Vabadussoja_Ajaloo_Komitee, lk 13
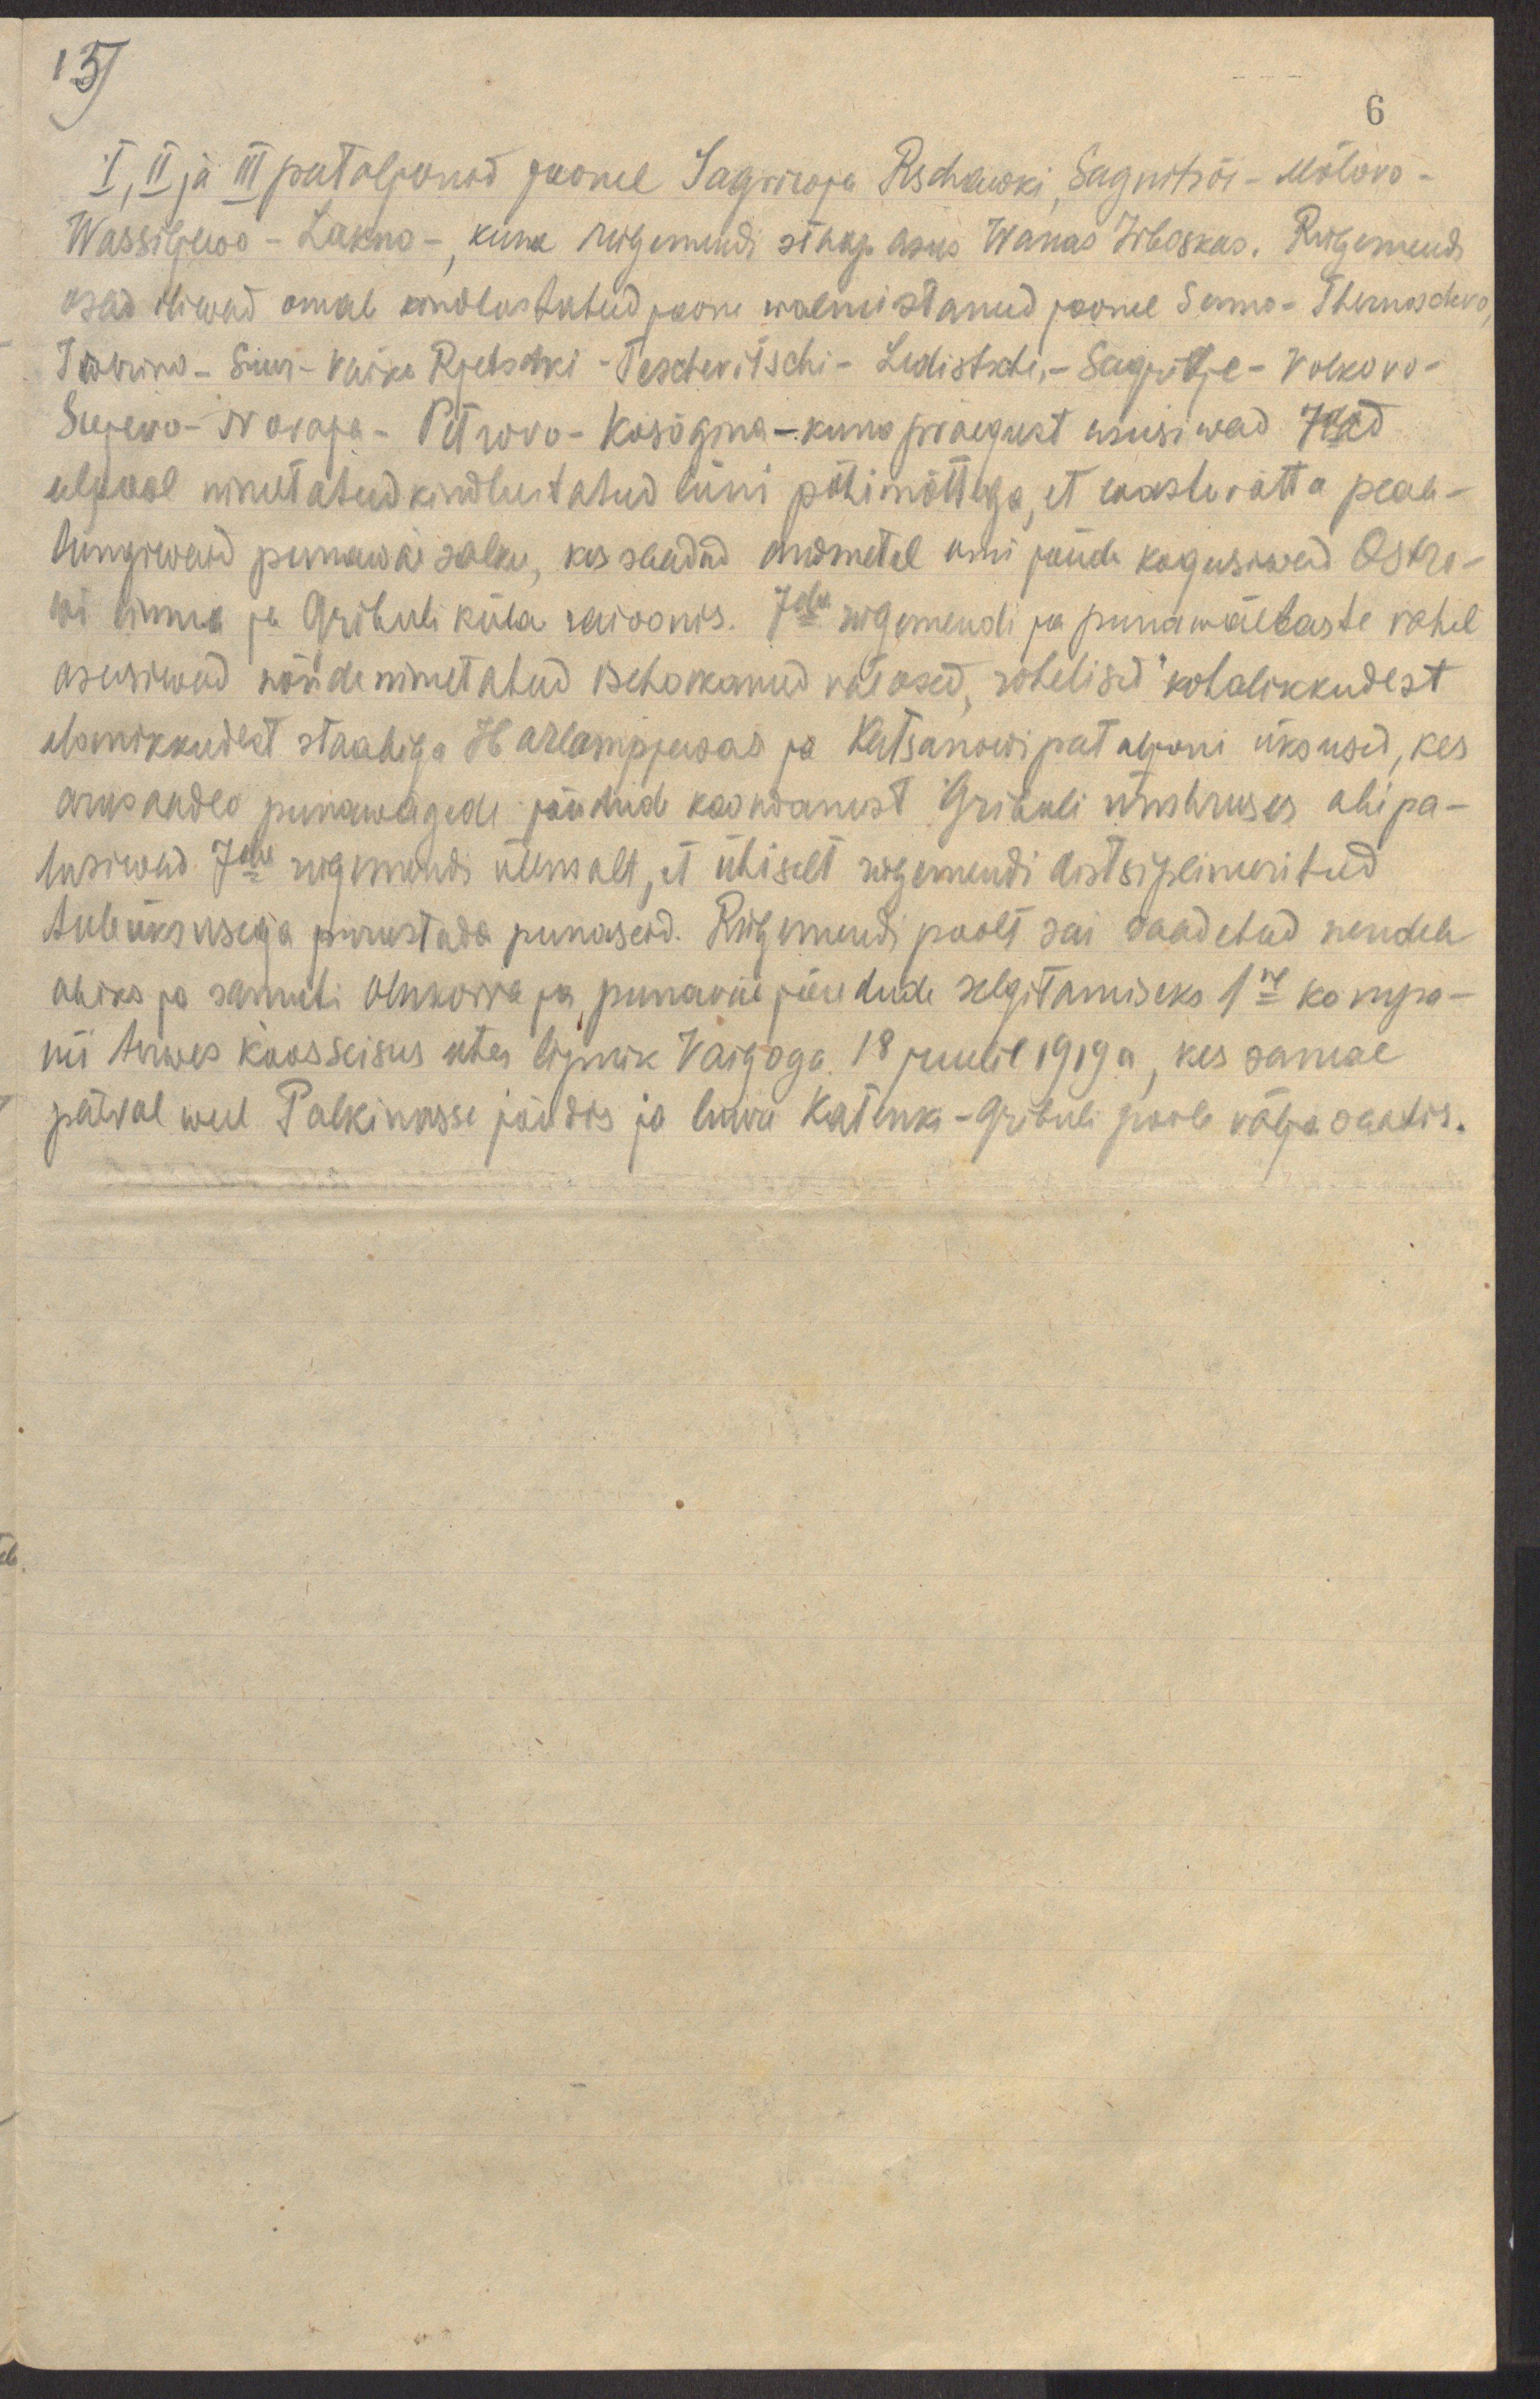
15)

6
I, II ja III pataljonid joonel Sagriwja Rschawki, Sagnitsõi - Mõlovo -
Wassiljewo - Lakno -, kuna rügemendi staap asus Wanas Irboskas. Rügemendi
osad oliwad omale kindlustatud joone walmistanud joonel Senno - Thernoschvo
Tartino - Suur - Väike Rjetschki - Tescheritschi - Ledistsche, - Sagrivje - Volkovo -
Sujevo - Novaja - Petrovo - Kosõgina - kuna praegust asusiwad nad
eelpool nimetatud kindlustatud liini põhimõttega, et wastuvõtta peale-
tungiwaid punawäe salku, kes saadud andmetel omi jõude kogusiwad Ostro-
wi linna ja Gribuli küla raioonis. 7da rügemendi ja punawäelaste vahel
asusiwad nõndanimetatud isehakanud väeosad "rohelised" kohalikkudest
elanikkudest staabiga Harlampjewas ja Katsanowi pataljoni üksused, kes
arusaades punawägede jõudude koondamist Gribuli ümbruses abi pa-
lusiwad 7da rügemendi ülemalt, et ühiselt rügemendi distsiplineeritud
tuleüksusega purustada punaseid. Rügemendi poolt sai saadetud nendele
abiks ja samuti olukorra ja punaväe jõudude selgitamiseks 1ne kompa-
nii terwes koosseisus ühes lipnik Vaigoga 18 juulil 1919a, kes samal
päeval weel Palkinosse jõudis ja luura Katenki - Gribuli juurde välja saatis.